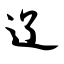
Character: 辽